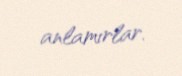
anlamırlar.